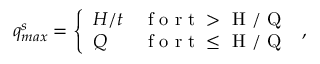
q _ { m a x } ^ { s } = \left\{ \begin{array} { l l } { H / t } & { \mathrm { ~ f ~ o ~ r ~ t ~ > ~ H ~ / ~ Q ~ } } \\ { Q } & { \mathrm { ~ f ~ o ~ r ~ t ~ \leq ~ H ~ / ~ Q ~ } } \end{array} \right. ,